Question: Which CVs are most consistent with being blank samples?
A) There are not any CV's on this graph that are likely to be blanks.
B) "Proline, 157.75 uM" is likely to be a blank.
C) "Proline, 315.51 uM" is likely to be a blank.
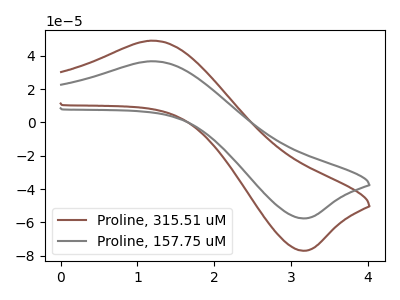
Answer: <think>The brown curve "Proline, 315.51 uM" has an anodic peak at (1.20V, 49.00uA) and a cathodic peak at (3.15V, -76.95uA). The gray curve "Proline, 157.75 uM" has an anodic peak at (1.20V, 36.65uA) and a cathodic peak at (3.15V, -57.60uA).</think>
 <answer>A) There are not any CV's on this graph that are likely to be blanks.</answer>
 <eval>A</eval>